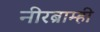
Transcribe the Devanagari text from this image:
नीरब्राम्‍ही